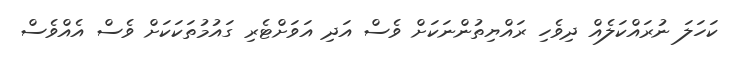
ކަހަލަ ނުރައްކަލެއް ދިވެހި ރައްޔިތުންނަކަށް ވެސް އަދި އަވަށްޓެރި ގައުމުތަކަކަށް ވެސް އެއްވެސް